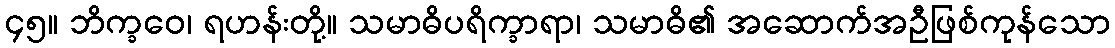
၄၅။ ဘိက္ခဝေ၊ ရဟန်းတို့။ သမာဓိပရိက္ခာရာ၊ သမာဓိ၏ အဆောက်အဦဖြစ်ကုန်သော